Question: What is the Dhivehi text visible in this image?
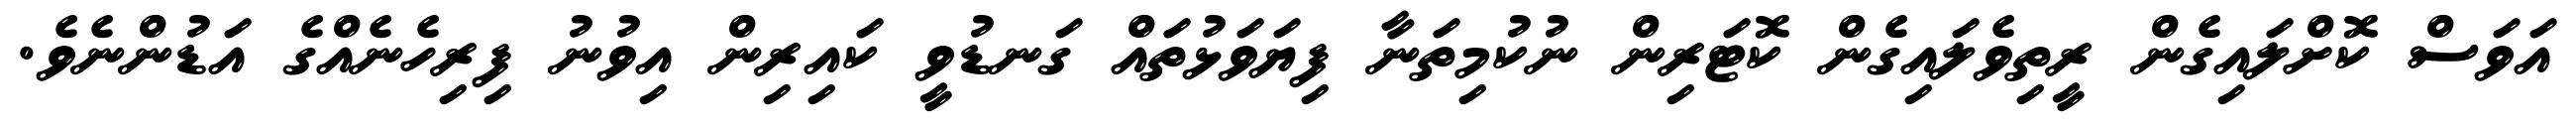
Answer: އަވަސް ކޮށްލައިގެން ރީތިވެލައިގެން ކޮޓަރިން ނުކުމިތަނާ ފިޔަވަޅުތައް ގަނޑުވީ ކައިރިން އިވުނު ފިރިހެނެއްގެ އަޑުންނެވެ.